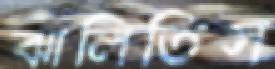
ঝালিতিস